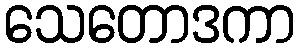
သေတောဒကာ